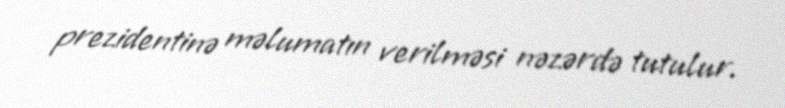
prezidentinə məlumatın verilməsi nəzərdə tutulur.